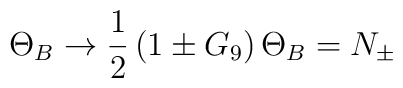
\Theta_B \to \frac{1}{2} \left( 1 \pm G_9 \right) \Theta_B = N_\pm